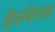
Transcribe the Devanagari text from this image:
हेस्पेरस